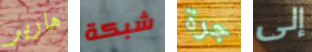
هاربر شبكة جرة إلى